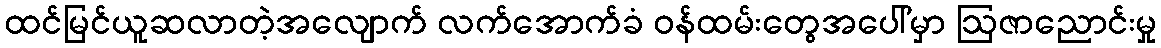
ထင်မြင်ယူဆလာတဲ့အလျောက် လက်အောက်ခံ ဝန်ထမ်းတွေအပေါ်မှာ ဩဇာညောင်းမှု